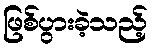
ဖြစ်ပွားခဲ့သည့်